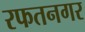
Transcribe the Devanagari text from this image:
रफतनगर